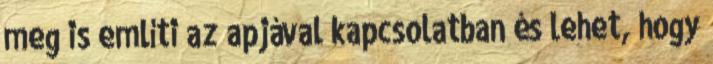
meg is említi az apjával kapcsolatban és lehet, hogy